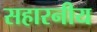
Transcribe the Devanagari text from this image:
सहारनीय